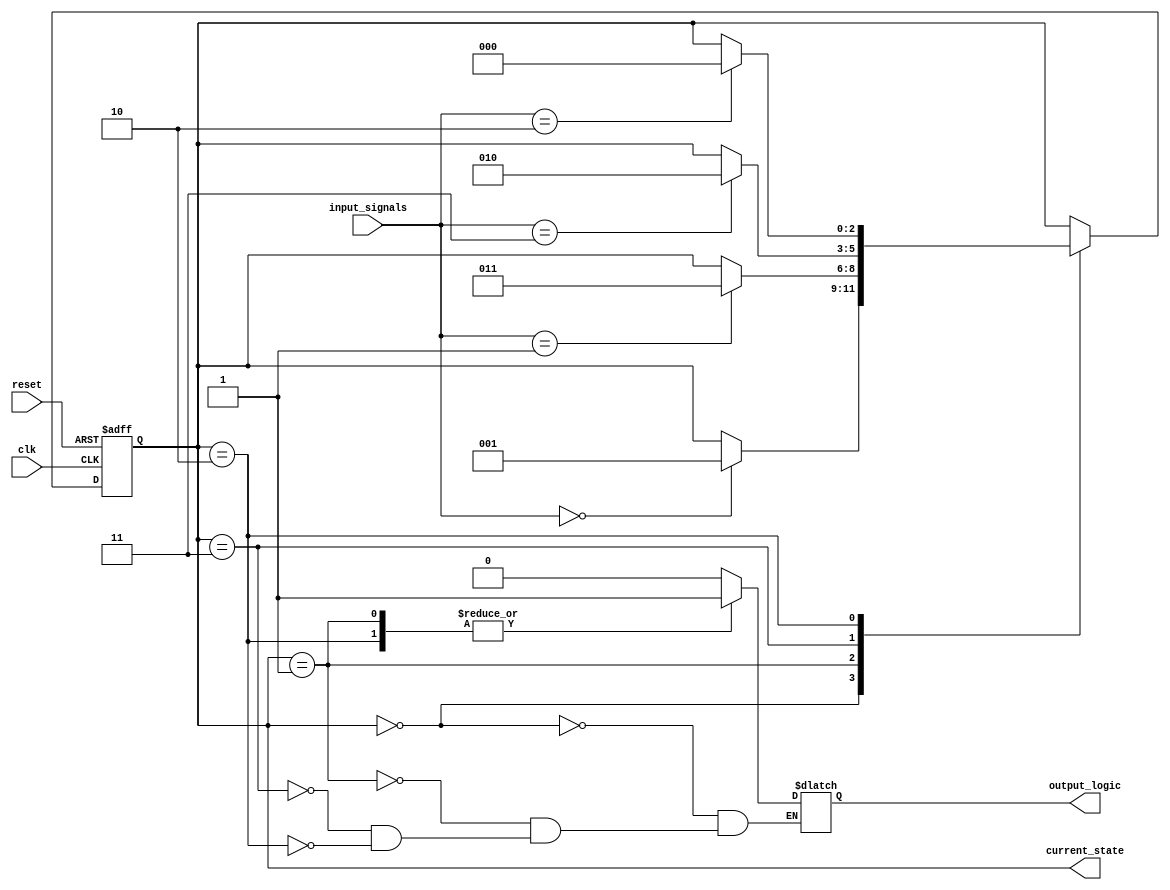
module gray_code_state_machine (
  input wire clk, // Clock signal
  input wire reset, // Reset signal
  input wire [1:0] input_signals, // Input signals
  
  output reg [2:0] current_state, // Current state
  output wire output_logic // Output logic signal
);

// State encoding using Gray code
parameter S0 = 3'b000;
parameter S1 = 3'b001;
parameter S2 = 3'b011;
parameter S3 = 3'b010;

always @(posedge clk or posedge reset) begin
  if (reset) begin
    current_state <= S0; // Reset state to initial state
  end else begin
    case (current_state)
      S0: begin
        if (input_signals == 2'b00) begin
          current_state <= S1;
        end
      end
      S1: begin
        if (input_signals == 2'b01) begin
          current_state <= S2;
        end
      end
      S2: begin
        if (input_signals == 2'b11) begin
          current_state <= S3;
        end
      end
      S3: begin
        if (input_signals == 2'b10) begin
          current_state <= S0;
        end
      end
    endcase
  end
end

// Output logic based on current state
always @* begin
  case (current_state)
    S0: output_logic = 1'b0;
    S1: output_logic = 1'b1;
    S2: output_logic = 1'b0;
    S3: output_logic = 1'b1;
  endcase
end

endmodule